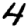
Digit: 4